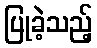
ပြုခဲ့သည့်